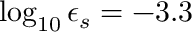
\log _ { 1 0 } \epsilon _ { s } = - 3 . 3